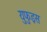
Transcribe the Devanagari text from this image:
युफुइस